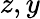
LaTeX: z,y